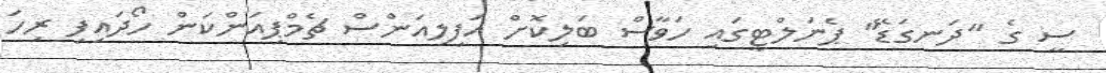
ސީ ގެ "ދަނގަޑޭ" ޕެނަލްޓީގައި ހަވާސް ބަލިކޮށް އަފިލިއަންސް ޗެމްޕިއަންކަން ހޯދައިފި ރިހަ